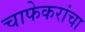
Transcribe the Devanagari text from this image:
चाफेकरांचा